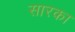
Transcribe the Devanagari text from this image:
सारका